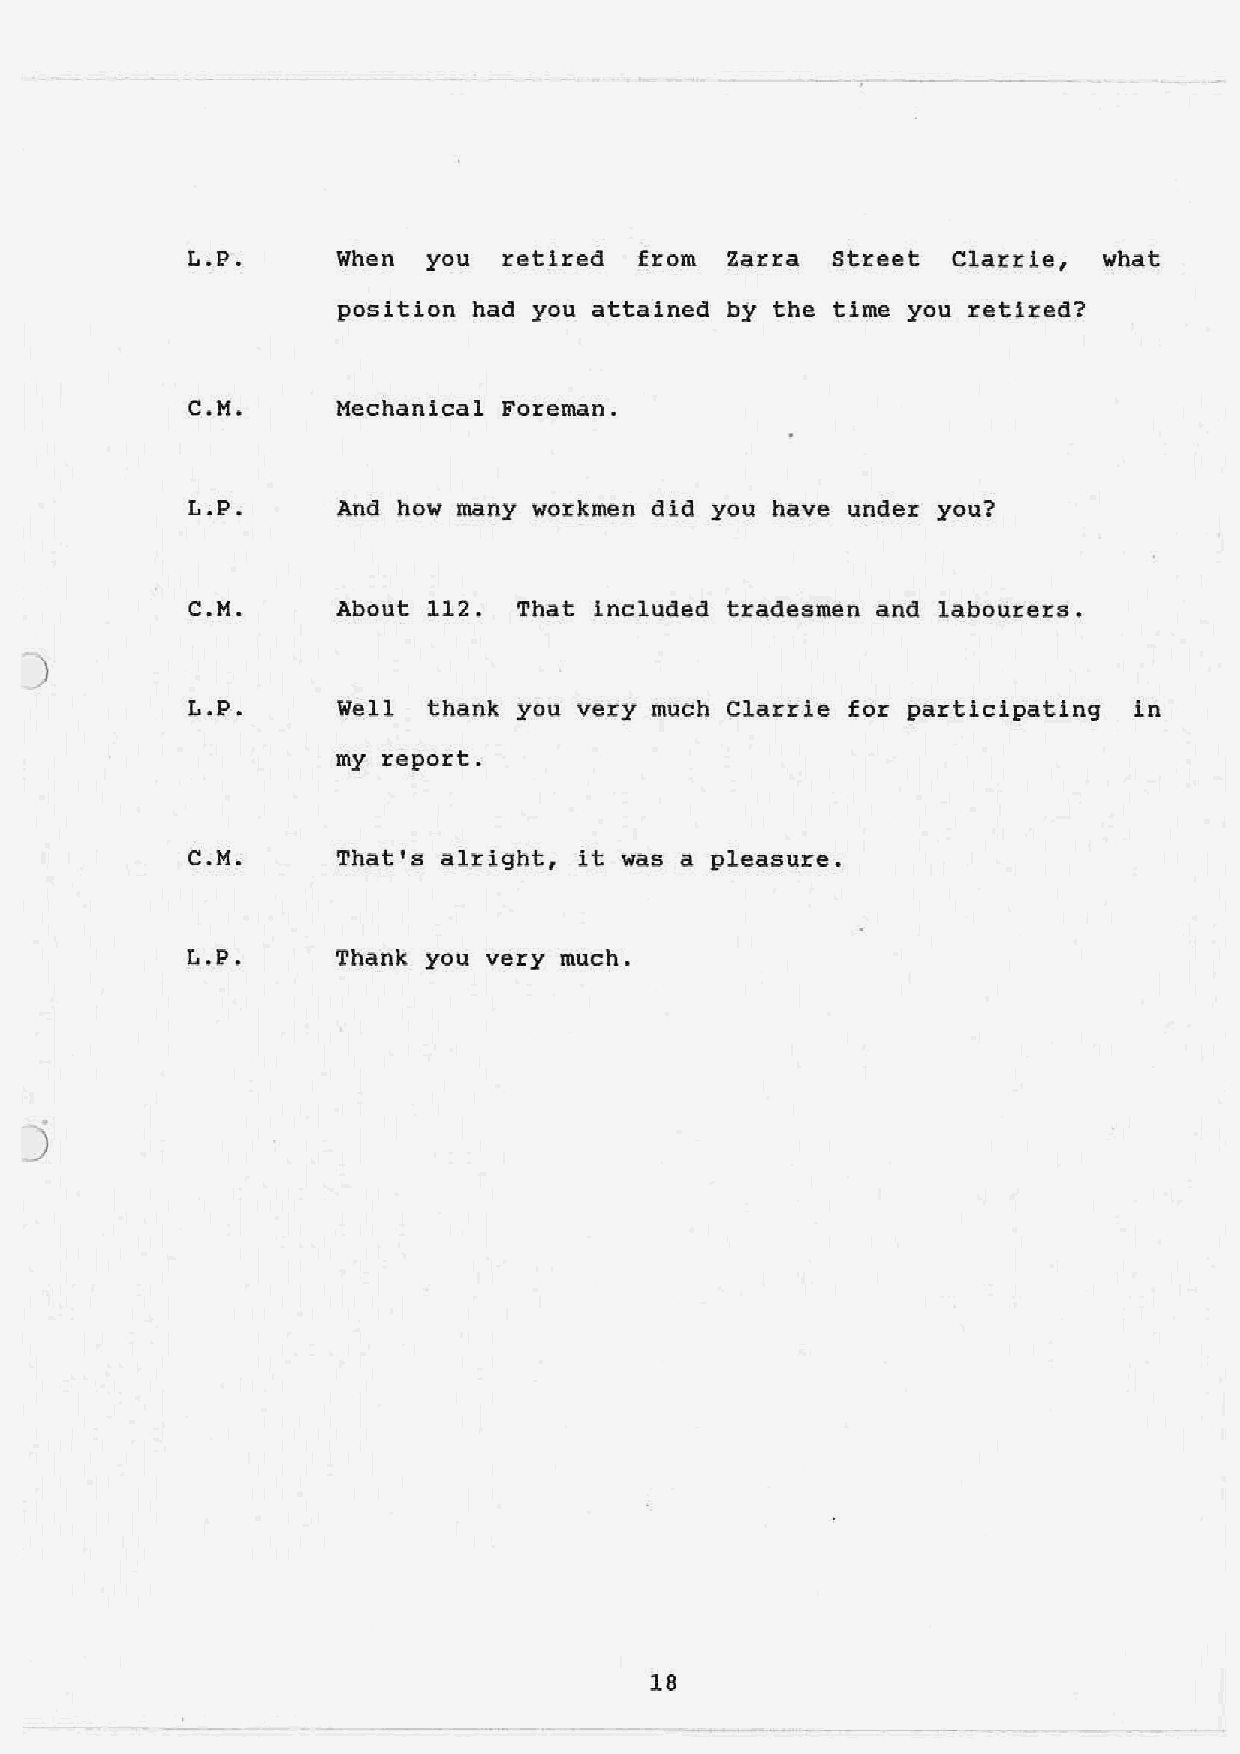
L.P.      When  you  retired  from  Zarra  Street  Clarrle,  what
 position had you attained by the time you retired?
 C.M.      Mechanical Foreman.
 L.P.      And how many workmen did you have under you?
 C.M.      About 112.  That included tradesmen and labourers.
 L.P.      Well  thank you very much Clarrie for participating  in
 my report.
 C.M.      That's alright, it was a pleasure.
 L.P.      Thank you very much.
 j
 18